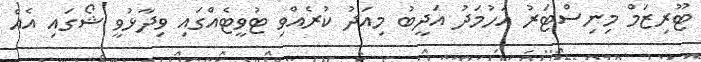
ޓޫރިޒަމް މިނިސްޓަރު އަހުމަދު އަދީބު މިއަދު ކުރެއްވި ޓުވީޓެއްގައި ވިދާޅުވީ ޝޯގައި އެއް